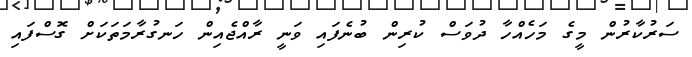
ސަރުކާރުން މީގެ މަހެއްހާ ދުވަސް ކުރިން ބުނެފައި ވަނީ ރާއްޖެއިން ހަނގުރާމަތަކަށް ގޮސްފައި